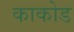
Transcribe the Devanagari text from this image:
काकोड